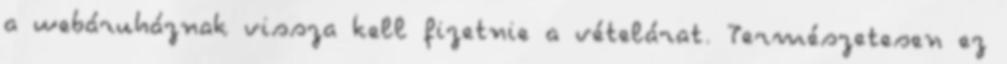
a webáruháznak vissza kell fizetnie a vételárat. Természetesen ez